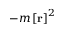
- m \left[ \mathbf { r } \right] ^ { 2 }